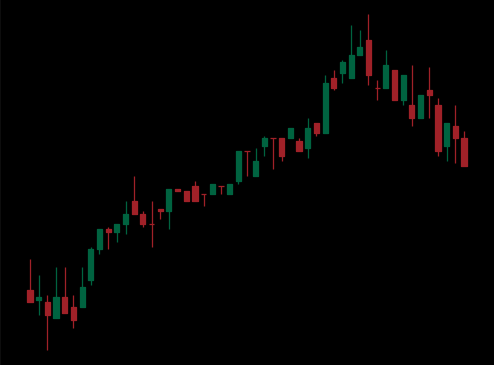
Pattern: bear_flag